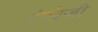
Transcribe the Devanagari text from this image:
रंगरेजी